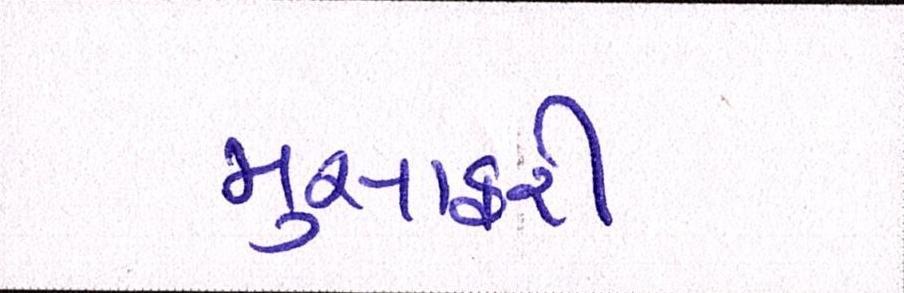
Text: મુસાફરી